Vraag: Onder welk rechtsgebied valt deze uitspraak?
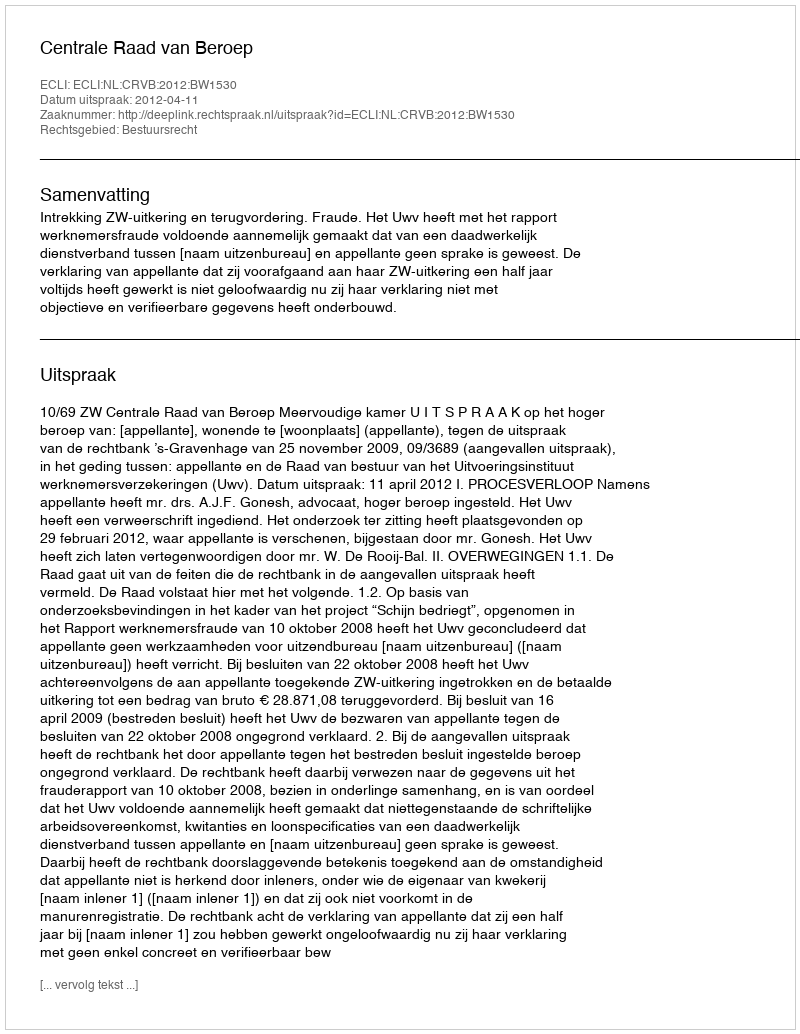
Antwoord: Bestuursrecht